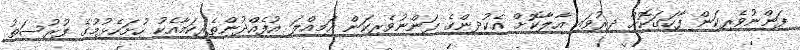
ފަންނުވެރިކަން ފާހަގަކޮށް ދިރުވައި އާލާކޮށް އެކުދިންގެ ފަންނުވެރިކަން އަމިއްލަ އުފެއްދުންތެރިކަމާއެކު ހުށަހެޅުމުގެ ފުރުސަތު